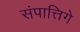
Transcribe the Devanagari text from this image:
संपात्तिगे